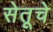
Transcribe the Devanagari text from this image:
सेतूचे